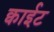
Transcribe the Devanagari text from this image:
क्वाईट